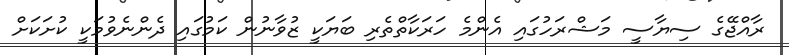
ރާއްޖޭގެ ސިޔާސީ މަޝްރަހުގައި އެންމެ ހަރަކާތްތެރި ބަޔަކީ ޒުވާނުން ކަމުގައި ދެންނެވުމަކީ ކުށަކަށް